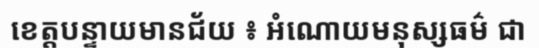
ខេត្តបន្ទាយមានជ័យ ៖ អំណោយមនុស្សធម៌ ជា